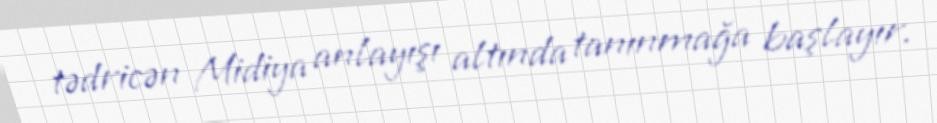
tədricən Midiya anlayışı altında tanınmağa başlayır.